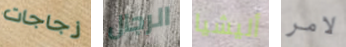
زجاجات الرجال أليشيا لامر